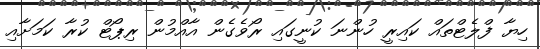
ހިޔާ ފްލެޓްތައް ކައިރީ ހުންނަ ކުނީގައި ރޯވެގެން އާއްމުން ރިޕޯޓް ކުރާ ކަމަށާއި